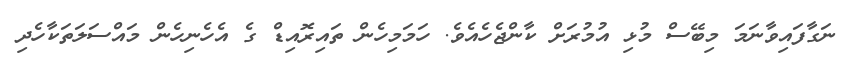
ނަގާފައިވާނަމަ މިބޭސް މުޅި އުމުރަށް ކާންޖެހެއެވެ. ހަމަމިހެން ތައިރޮއިޑް ގެ އެހެނިހެން މައްސަލަތަކާހެދި